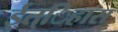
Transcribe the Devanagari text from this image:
ईत्िहास